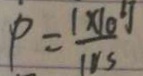
P = \frac { 1 \times 1 0 ^ { 6 } J } { 1 0 s }